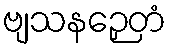
ဗျသနဉှေတံ